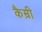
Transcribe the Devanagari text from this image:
कैम्री